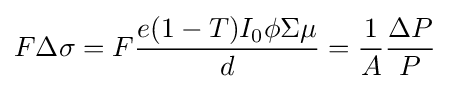
F\Delta \sigma =F{\frac {e(1-T)I_{0}\phi \Sigma \mu }{d}}={\frac {1}{A}}{\frac {\Delta P}{P}}